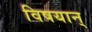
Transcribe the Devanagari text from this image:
विषयान्